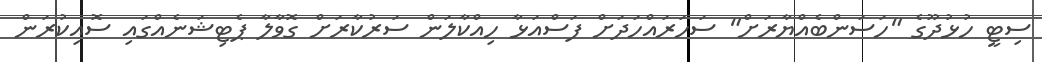
ސިޓީ ހުޅުދޫގެ "ހަސަންބެއްޔާރަށް" ސަހަރައްހަދަށް ފަސްއަޅާ ހިއްކާލަން ސަރުކާރަށް ގޮވާލާ ޕެޓިޝަނެއްގައި ސޮއިކުރަން